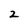
Character: 2